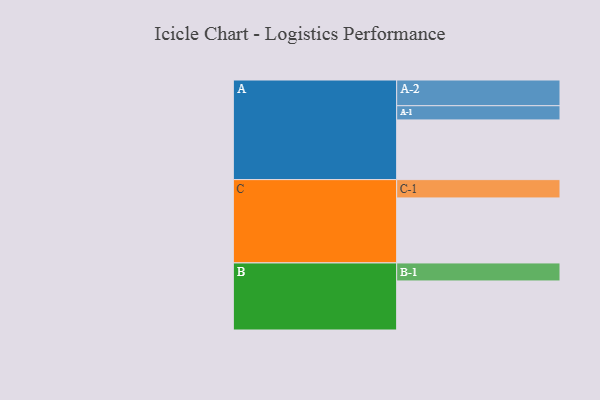
{"axis": {"x": "Segment", "y": "Value"}, "legend": ["", "A", "B", "C"], "data": [{"x": "A", "y": 550, "type": ""}, {"x": "B", "y": 452, "type": ""}, {"x": "C", "y": 599, "type": ""}, {"x": "A-1", "y": 131, "type": "A"}, {"x": "A-2", "y": 237, "type": "A"}, {"x": "B-1", "y": 166, "type": "B"}, {"x": "C-1", "y": 169, "type": "C"}]}